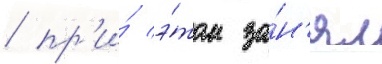
/ пр'и́ э́том за́н'ял